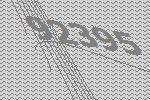
92395